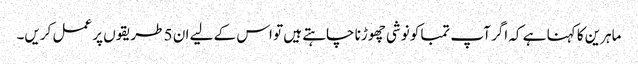
ماہرین کا کہنا ہے کہ اگر آپ تمباکو نوشی چھوڑنا چاہتے ہیں تو اس کے لیے ان 5 طریقوں پر عمل کریں۔